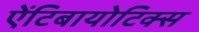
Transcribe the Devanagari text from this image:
ऐंटिबायोटिक्स